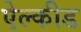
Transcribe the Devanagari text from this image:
ऐल्कीड